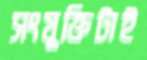
সংযুক্তিটাই